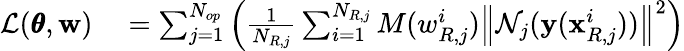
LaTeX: \begin{array}{rl}{\mathcal{L}(\pmb{\theta},\mathbf{w})}&{{}=\sum_{j=1}^{N_{op}}{\left(\frac{1}{N_{R,j}}\sum_{i=1}^{N_{R,j}}{M(w_{R,j}^{i})\left\| \mathcal{N}_{j}(\mathbf{y}(\mathbf{x}_{R,j}^{i}))\right\| ^{2}}\right)}}\end{array}